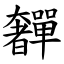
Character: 奲